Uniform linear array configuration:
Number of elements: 8
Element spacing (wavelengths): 0.25
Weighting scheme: binomial
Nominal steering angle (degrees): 30
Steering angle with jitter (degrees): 31.693
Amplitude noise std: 0.05
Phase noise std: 0.05

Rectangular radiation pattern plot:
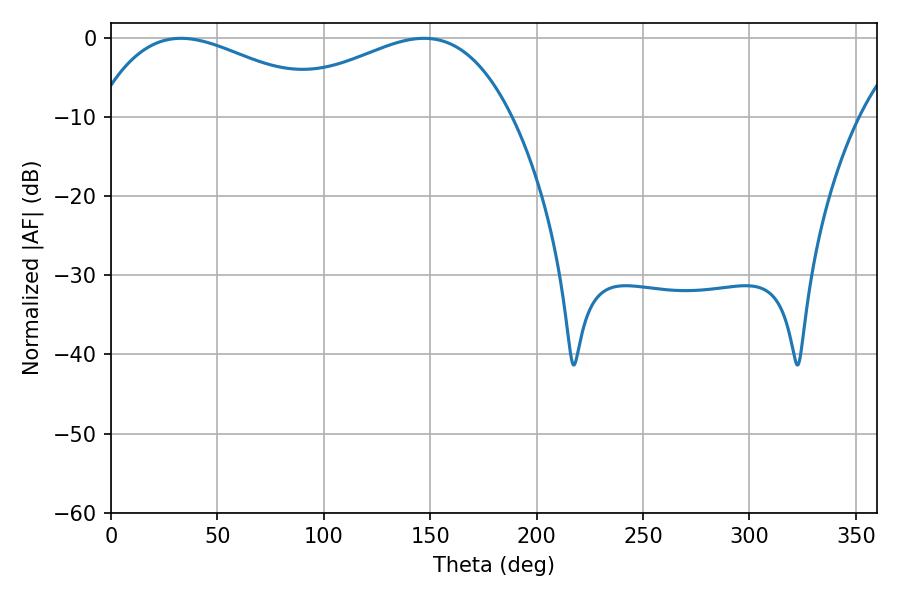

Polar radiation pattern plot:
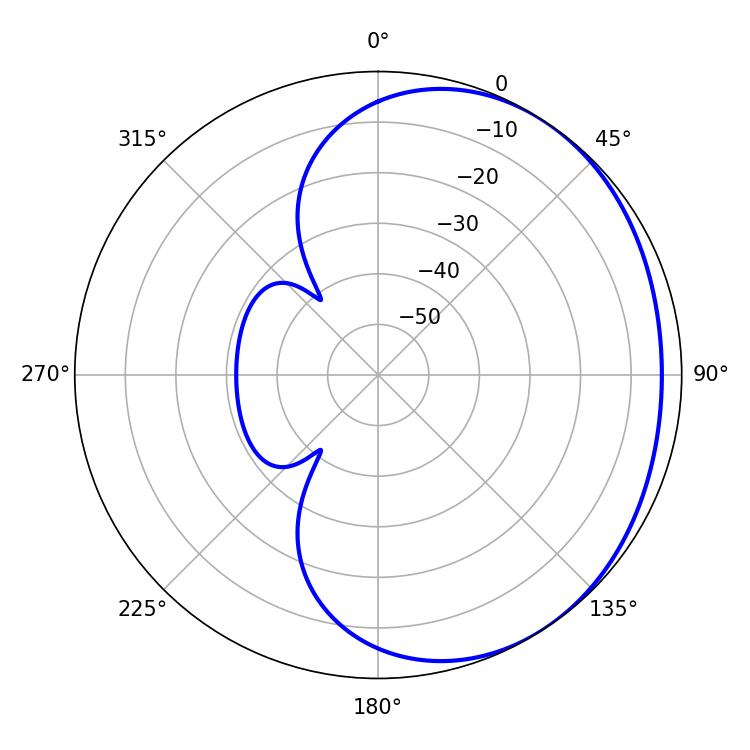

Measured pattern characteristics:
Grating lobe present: FALSE
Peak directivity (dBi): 1.85
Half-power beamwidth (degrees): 61.74
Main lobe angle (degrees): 32.94